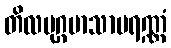
တိလမုဂ္ဂမာသာပရဏ္ဏံ